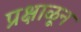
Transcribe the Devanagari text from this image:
प्रक्षाळून